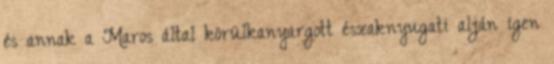
és annak a Maros által körülkanyargott északnyugati alján igen